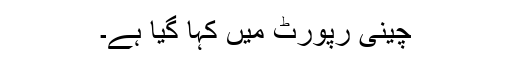
چینی رپورٹ میں کہا گیا ہے۔